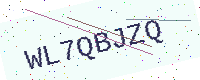
Text: WL7QBJZQ